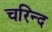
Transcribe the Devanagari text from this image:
चरिन्द